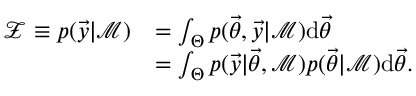
\begin{array} { r l } { \mathcal { Z } \equiv p ( \vec { y } | \mathcal { M } ) } & { = \int _ { \Theta } p ( \ensuremath { \vec { \theta } } , \vec { y } | \mathcal { M } ) \mathrm { d } \ensuremath { \vec { \theta } } } \\ & { = \int _ { \Theta } p ( \vec { y } | \ensuremath { \vec { \theta } } , \mathcal { M } ) p ( \ensuremath { \vec { \theta } } | \mathcal { M } ) \mathrm { d } \ensuremath { \vec { \theta } } . } \end{array}